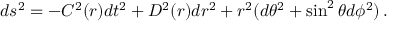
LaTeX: d s ^ { 2 } = - C ^ { 2 } ( r ) d t ^ { 2 } + D ^ { 2 } ( r ) d r ^ { 2 } + r ^ { 2 } ( d \theta ^ { 2 } + \sin ^ { 2 } \theta d \phi ^ { 2 } ) \, .